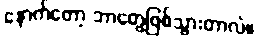
နောက်တော့ ဘာတွေဖြစ်သွားတာလဲ။